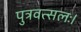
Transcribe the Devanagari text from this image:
पुत्रवत्सलः।